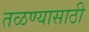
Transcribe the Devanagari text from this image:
तळण्यासाठी